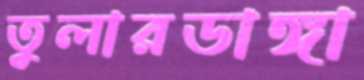
তুলারডাঙ্গা